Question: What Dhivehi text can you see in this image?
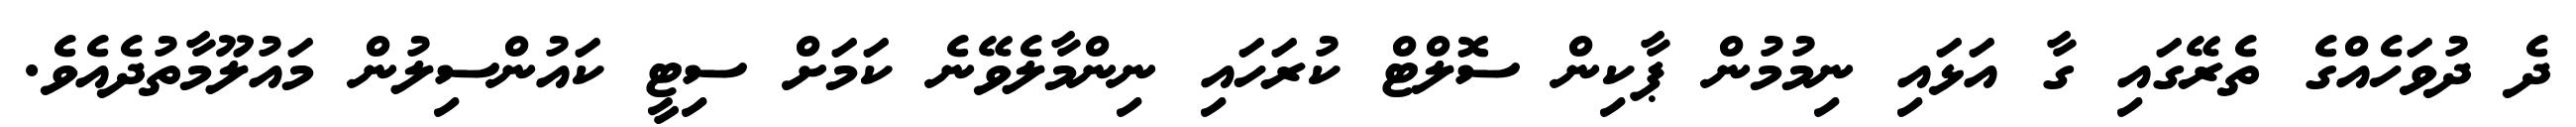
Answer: ދެ ދުވަހެއްގެ ތެރޭގައި ގާ އަޅައި ނިމުމުން ޕާކިން ސޮލްޓް ކުރަހައި ނިންމާލެވޭނެ ކަމަށް ސިޓީ ކައުންސިލުން މައުލޫމާތުދެއެވެ.